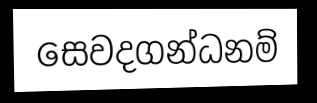
සෙවදගන්ධනම්